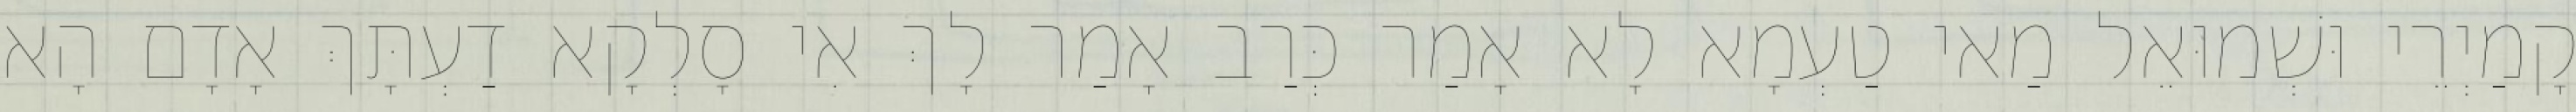
קָמַיְרֵי וּשְׁמוּאֵל מַאי טַעְמָא לָא אָמַר כְּרַב אָמַר לָךְ אִי סָלְקָא דַעְתָּךְ אָדָם הָא